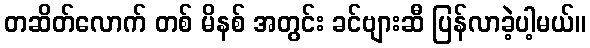
တဆိတ်လောက် တစ် မိနစ် အတွင်း ခင်ဗျားဆီ ပြန်လာခဲ့ပါ့မယ်။